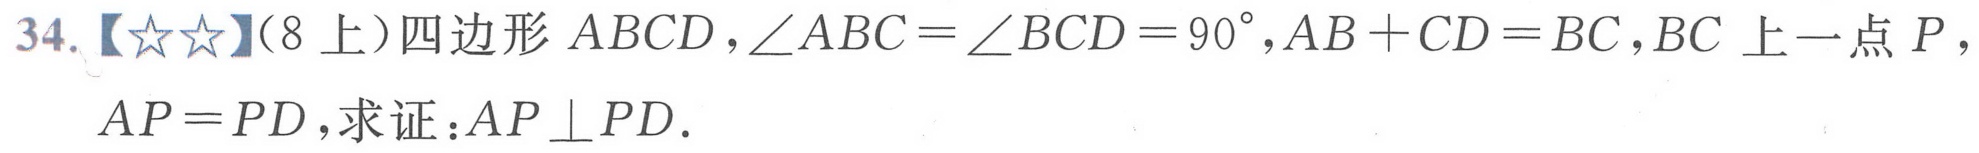
34.【★★】(8上）四边形 \(ABCD\)，\(\angle ABC = \angle BCD = 90^{\circ}\)，\(AB + CD = BC\)，\(BC\)上一点 \(P\)，\(AP = PD\)，求证：\(AP\perp PD\)．